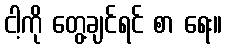
ငါ့ကို တွေ့ချင်ရင် စာ ရေး။